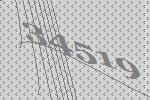
34519